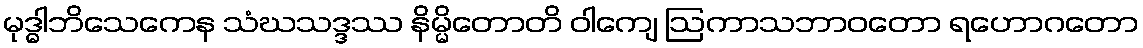
မုဒ္ဓါဘိသေကေန သံဃသဒ္ဒဿ နိမ္မိတောတိ ဝါကျေ ဩကာသဘာဝတော ရဟောဂတော